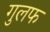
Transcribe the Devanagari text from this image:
गुलफ